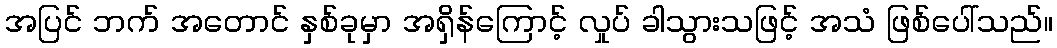
အပြင် ဘက် အတောင် နှစ်ခုမှာ အရှိန်ကြောင့် လှုပ် ခါသွားသဖြင့် အသံ ဖြစ်ပေါ်သည်။